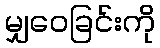
မျှဝေခြင်းကို